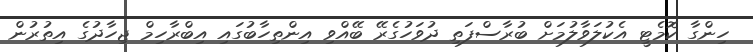
ހިންގާ ކޮމެޓީ އެކުލަވާލުމަށް ބުރާސްފަތި ދުވަހުގެރޭ ބޭއްވި އިންތިހާބުގައި އިބްރާހިމް ޖިހާދުގެ އިތުރުން